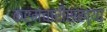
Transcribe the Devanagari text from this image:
कर्मचारीसंख्या